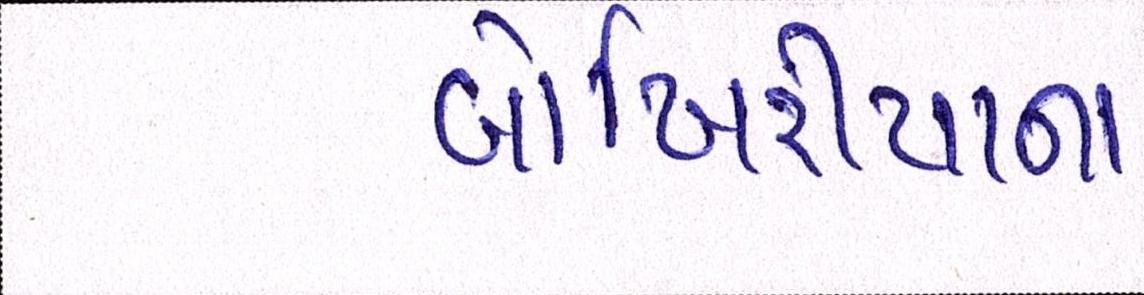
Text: બોખિરીયાના